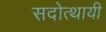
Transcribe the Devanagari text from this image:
सदोत्थायी